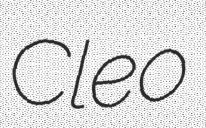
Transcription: Cleo